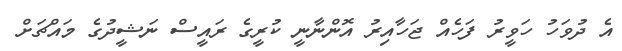
އެ ދުވަހު ހަވީރު ފަހެއް ޖަހާއިރު އޮންނާނީ ކުރީގެ ރައީސް ނަޝީދުގެ މައްޗަށް